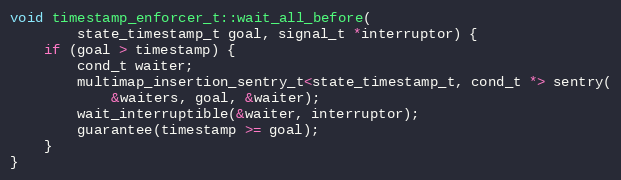
Language: C++
void timestamp_enforcer_t::wait_all_before(
        state_timestamp_t goal, signal_t *interruptor) {
    if (goal > timestamp) {
        cond_t waiter;
        multimap_insertion_sentry_t<state_timestamp_t, cond_t *> sentry(
            &waiters, goal, &waiter);
        wait_interruptible(&waiter, interruptor);
        guarantee(timestamp >= goal);
    }
}